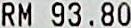
RM 93.80